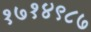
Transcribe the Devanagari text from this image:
१७१४९८७